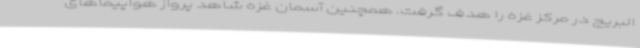
البریج در مرکز غزه را هدف گرفت. همچنین آسمان غزه شاهد پرواز هواپیماهای